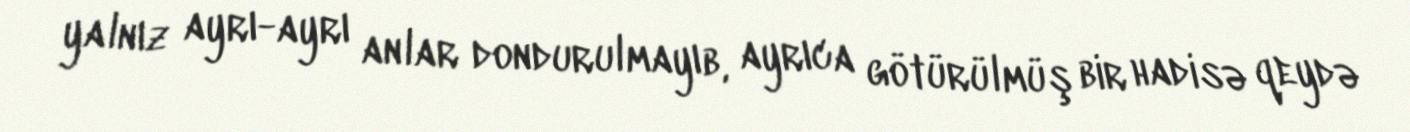
yalnız ayrı-ayrı anlar dondurulmayıb, ayrıca götürülmüş bir hadisə qeydə